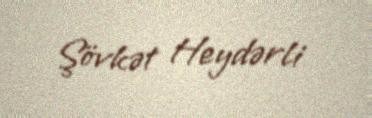
Şövkət Heydərli